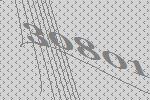
30801